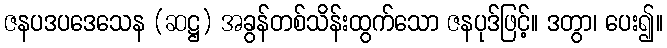
ဇနပဒပဒေသေန (ဆဋ္ဌ) အခွန်တစ်သိန်းထွက်သော ဇနပုဒ်ဖြင့်။ ဒတွာ၊ ပေး၍။